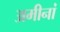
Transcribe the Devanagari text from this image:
अमीनां